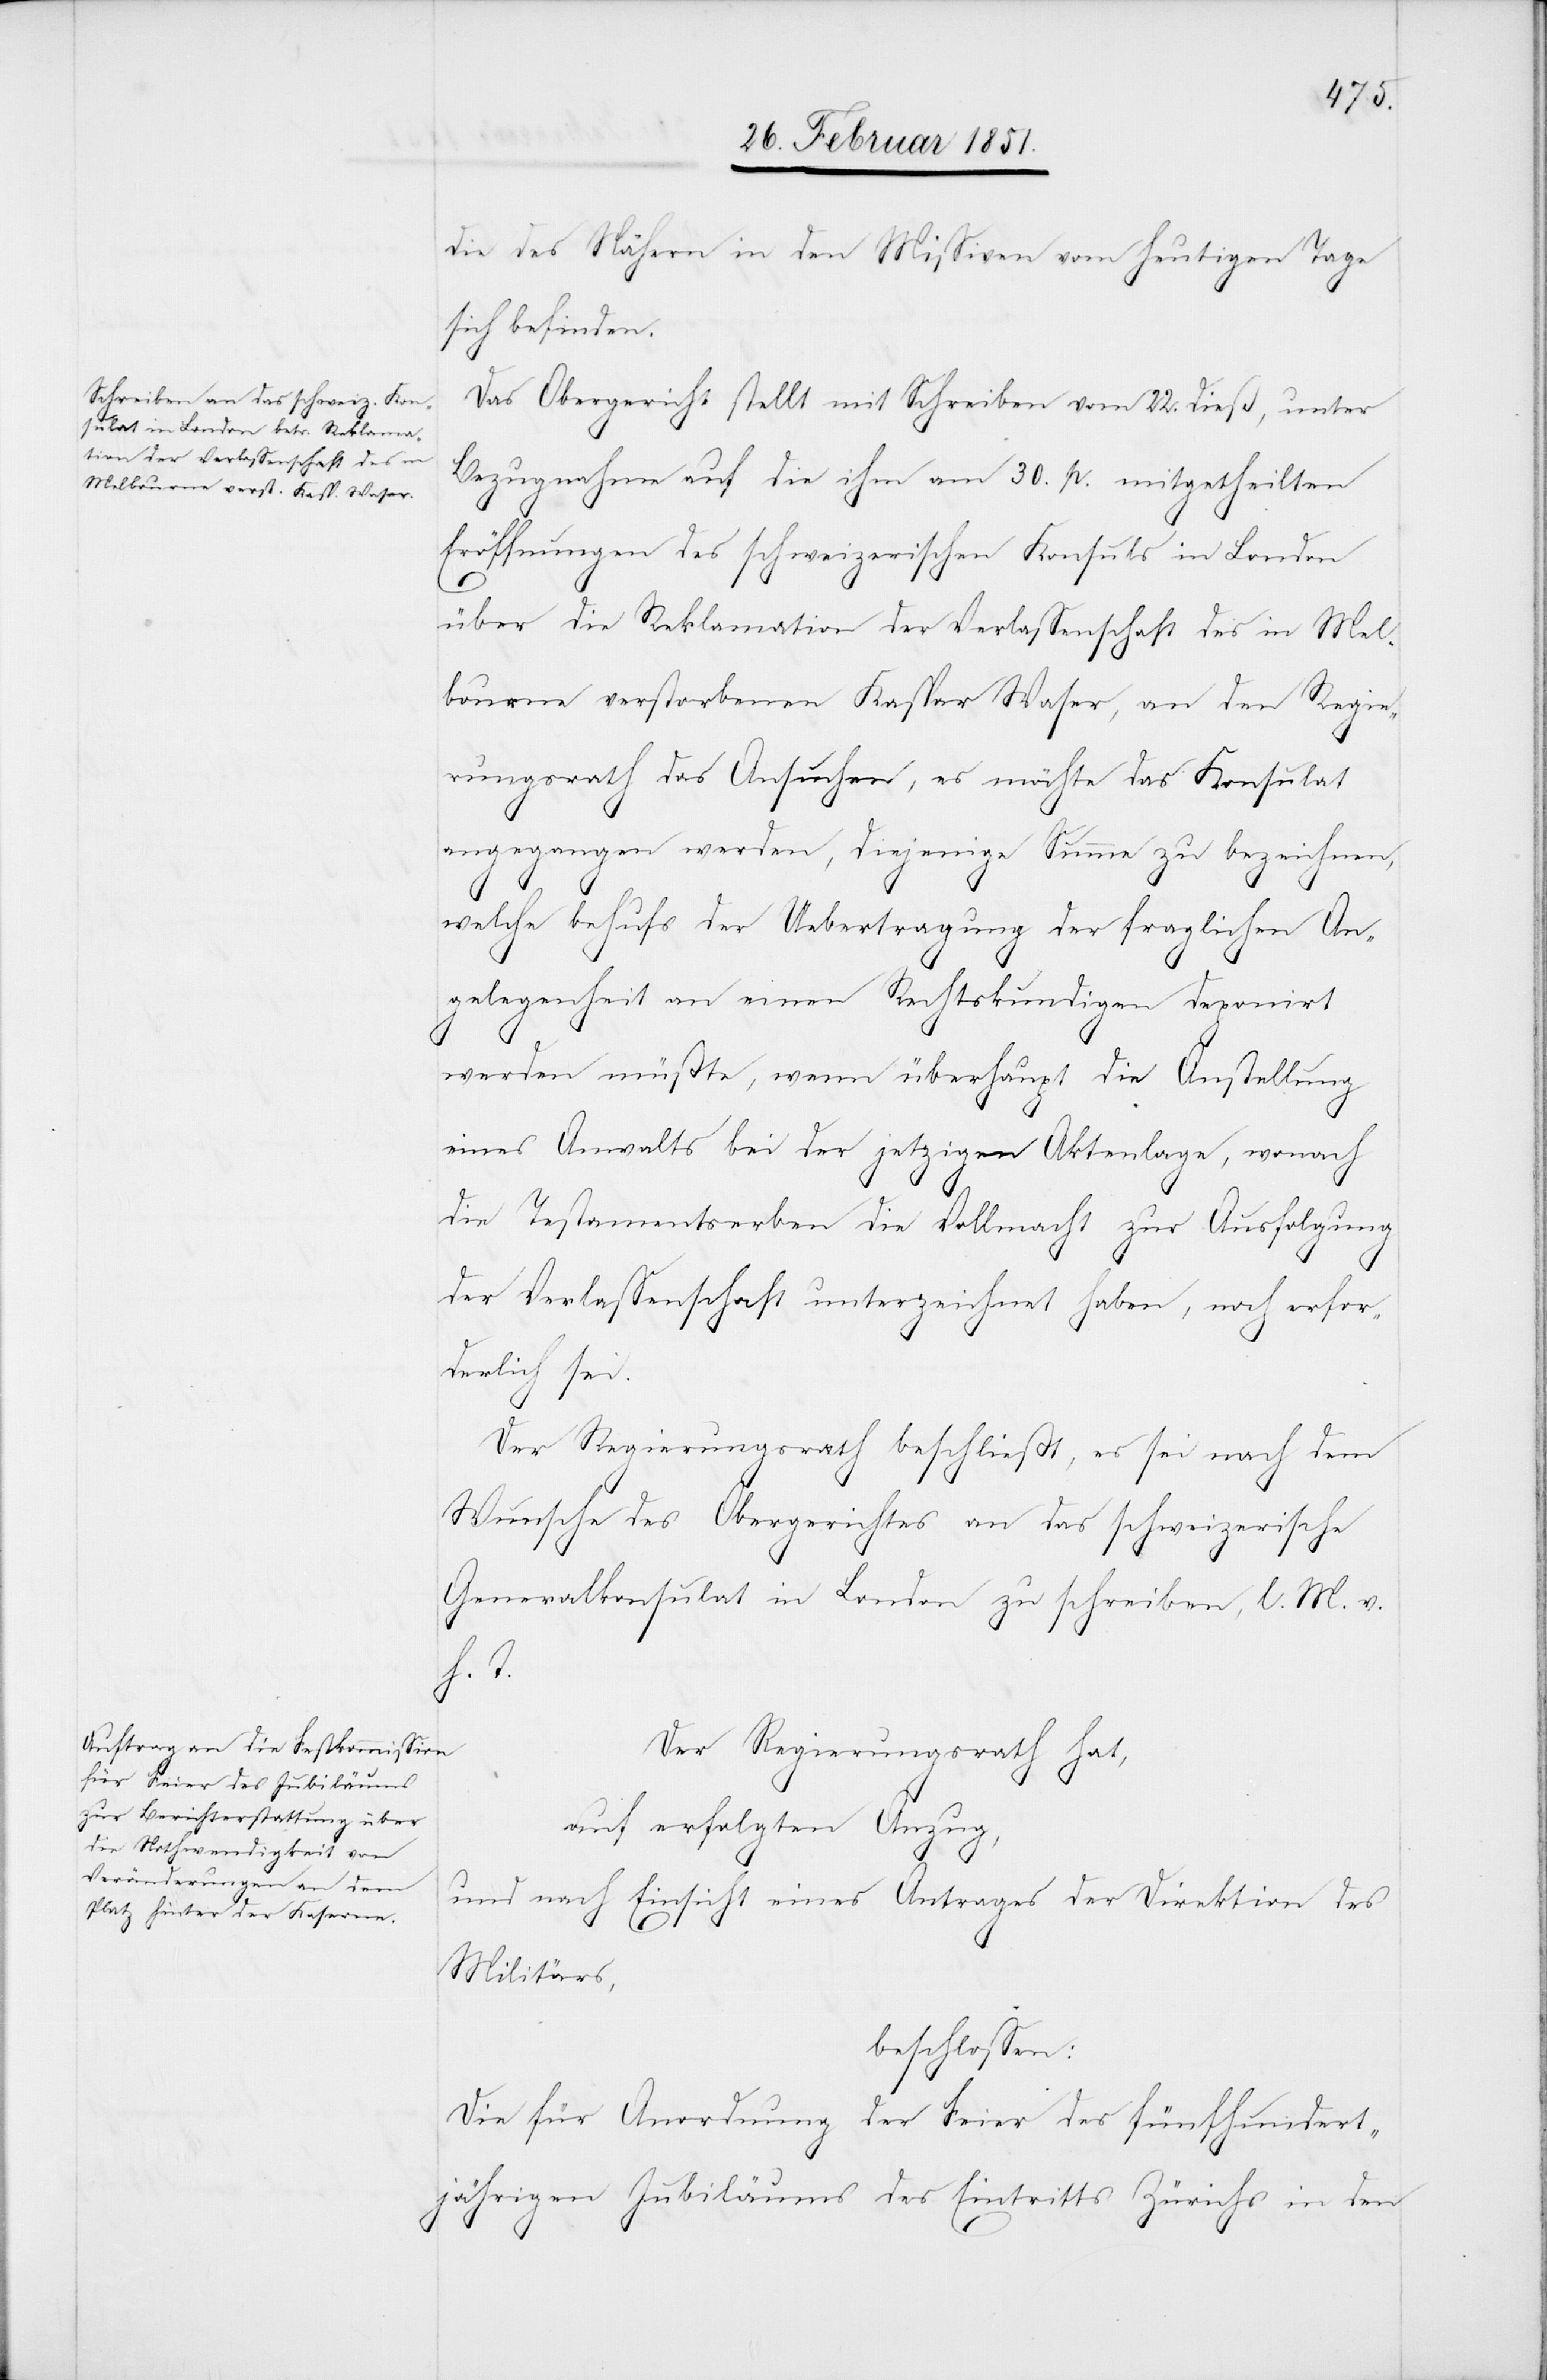
die des Nähern in den Missiven vom heutigen Tage
sich befinden.
Das Obergericht stellt mit Schreiben vom 22. dieß, unter
Bezugnahme auf die ihm am 30. p. mitgetheilten
Eröffnungen des schweizerischen Konsuls in London
über die Reklamation der Verlassenschaft des in Mel¬
bourne verstorbenen Kaspar Waser, an den Regie¬
rungsrath das Ansuchen, es möchte das Konsulat
angegangen werden, diejenige Summe zu bezeichnen,
welche behufs der Uebertragung der fraglichen An¬
gelegenheit an einen Rechtskundigen deponirt
werden müßte, wenn überhaupt die Anstellung
eines Anwalts bei der jetzigen Aktenlage, wonach
die Testamentserben die Vollmacht zur Ausfolgung
der Verlassenschaft unterzeichnet haben, noch erfor¬
derlich sei.
Der Regierungsrath beschließt, es sei nach dem
Wunsche des Obergerichtes an das schweizerische
Generalkonsulat in London zu schreiben, l. M. v.
h. T.
Der Regierungsrath hat,
auf erfolgten Anzug,
und nach Einsicht eines Antrages der Direktion des
Militärs,
beschlossen:
Die für Anordnung der Feier des fünfhundert¬
jährigen Jubiläums des Eintritts Zürichs in den